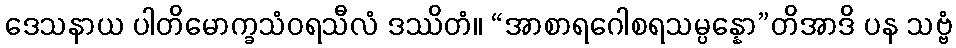
ဒေသနာယ ပါတိမောက္ခသံဝရသီလံ ဒဿိတံ။ “အာစာရဂေါစရသမ္ပန္နော”တိအာဒိ ပန သဗ္ဗံ